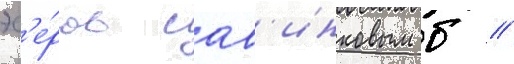
эс'е́ров сав'инковым б //